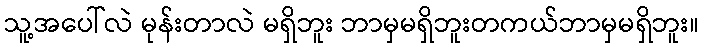
သူ့အပေါ်လဲ မုန်းတာလဲ မရှိဘူး ဘာမှမရှိဘူးတကယ်ဘာမှမရှိဘူး။